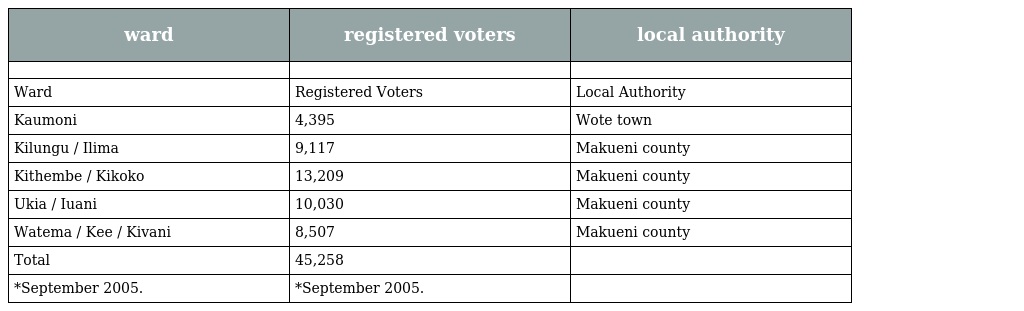
| ward | registered voters | local authority |
 | --- | --- | --- |
 |  |  |  |
 | Ward | Registered Voters | Local Authority |
 | Kaumoni | 4,395 | Wote town |
 | Kilungu / Ilima | 9,117 | Makueni county |
 | Kithembe / Kikoko | 13,209 | Makueni county |
 | Ukia / Iuani | 10,030 | Makueni county |
 | Watema / Kee / Kivani | 8,507 | Makueni county |
 | Total | 45,258 |  |
 | *September 2005. | *September 2005. |  |